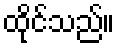
ထိုင်သည်။